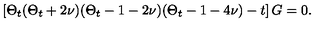
\left[ \Theta _ { t } ( \Theta _ { t } + 2 \nu ) ( \Theta _ { t } - 1 - 2 \nu ) ( \Theta _ { t } - 1 - 4 \nu ) - t \right] G = 0 .